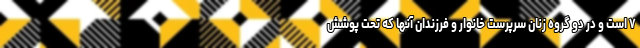
۷ است و در دو گروه زنان سرپرست خانوار و فرزندان آنها که تحت پوشش